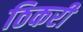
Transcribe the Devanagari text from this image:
ठिकरी